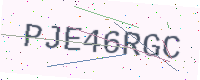
Text: PJE46RGC